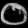
Digit: ၀